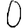
Digit: 0